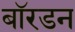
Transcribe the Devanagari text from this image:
बॉरडन